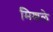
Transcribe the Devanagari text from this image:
मिशले